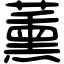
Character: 薰